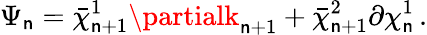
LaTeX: \Psi_{\mathsf{n}}=\bar{{\chi}}_{\mathsf{n}+1}^{1}\partialk_{\mathsf{n}+1}+\bar{{\chi}}_{\mathsf{n}+1}^{2}\partial\chi_{\mathsf{n}}^{1}\, .